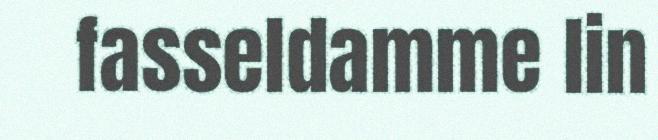
fasseldamme lin